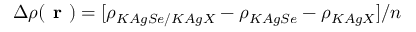
\Delta \rho ( \textbf { r } ) = [ \rho _ { K A g S e / K A g X } - \rho _ { K A g S e } - \rho _ { K A g X } ] / n